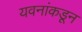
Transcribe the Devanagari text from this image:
यवनांकडून